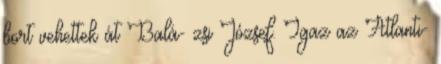
bort vehettek át Balá- zsi József. Igaz az Atlanti-